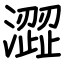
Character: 澀